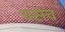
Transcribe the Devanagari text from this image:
क्संच